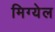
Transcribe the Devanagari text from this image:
मिग्येल